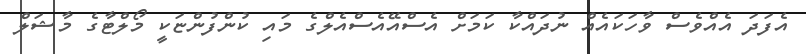
އެފަދަ އެއްވެސް ވާހަކައެއް ނުދައްކާ ކަމަށް އެސްއޭއެސްއެލްގެ މައި ކުންފުންޏަކީ މޯލްޓާގެ މާޝަލް